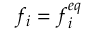
f _ { i } = f _ { i } ^ { e q }